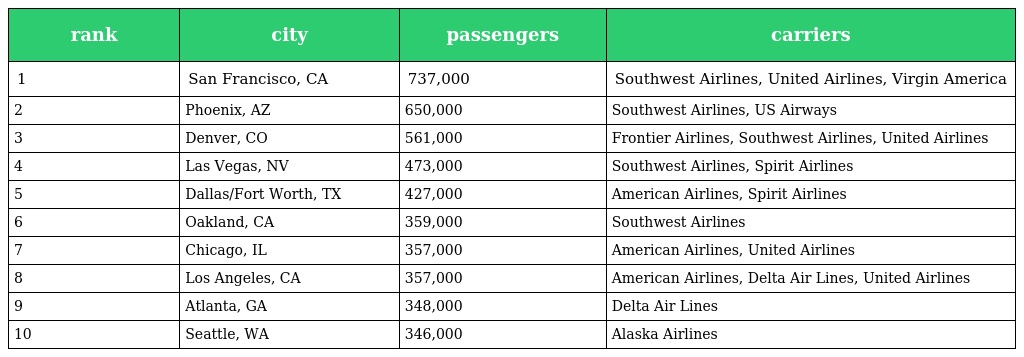
| rank | city | passengers | carriers |
 | --- | --- | --- | --- |
 | 1 | San Francisco, CA | 737,000 | Southwest Airlines, United Airlines, Virgin America |
 | 2 | Phoenix, AZ | 650,000 | Southwest Airlines, US Airways |
 | 3 | Denver, CO | 561,000 | Frontier Airlines, Southwest Airlines, United Airlines |
 | 4 | Las Vegas, NV | 473,000 | Southwest Airlines, Spirit Airlines |
 | 5 | Dallas/Fort Worth, TX | 427,000 | American Airlines, Spirit Airlines |
 | 6 | Oakland, CA | 359,000 | Southwest Airlines |
 | 7 | Chicago, IL | 357,000 | American Airlines, United Airlines |
 | 8 | Los Angeles, CA | 357,000 | American Airlines, Delta Air Lines, United Airlines |
 | 9 | Atlanta, GA | 348,000 | Delta Air Lines |
 | 10 | Seattle, WA | 346,000 | Alaska Airlines |